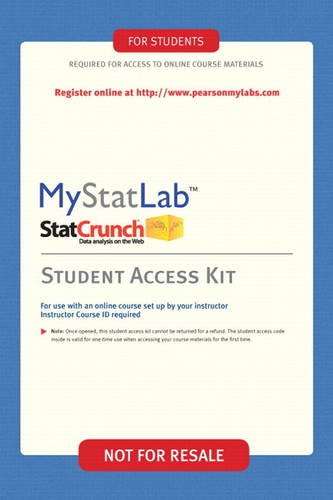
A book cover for MyStatLab - Valuepack Access Card; Pearson; Business & Money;